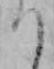
り